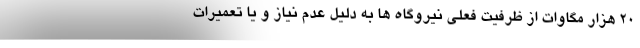
۲۰ هزار مگاوات از ظرفیت فعلی نیروگاه ها به دلیل عدم نیاز و یا تعمیرات